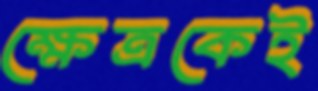
ক্ষেত্রকেই